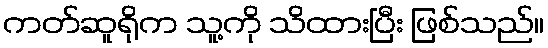
ကတ်ဆူရိုက သူ့ကို သိထားပြီး ဖြစ်သည်။